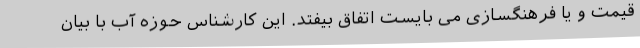
قیمت و یا فرهنگسازی می بایست اتفاق بیفتد. این کارشناس حوزه آب با بیان